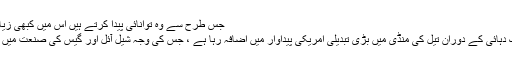
جس طرح سے وہ توانائی پیدا کرتے ہیں اس میں کبھی زیادہ کارآمد.
پچھلی ایک دہائی کے دوران تیل کی منڈی میں بڑی تبدیلی امریکی پیداوار میں اضافہ رہا ہے ، جس کی وجہ شیل آئل اور گیس کی صنعت میں تیزی ہے۔